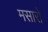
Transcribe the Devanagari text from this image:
मसारों